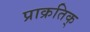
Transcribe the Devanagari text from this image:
प्राक्रतिक्